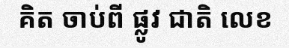
គិត ចាប់ពី ផ្លូវ ជាតិ លេខ